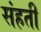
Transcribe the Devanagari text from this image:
संहती